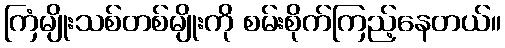
ကြံမျိုးသစ်တစ်မျိုးကို စမ်းစိုက်ကြည့်နေတယ်။